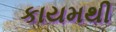
કાયમથી